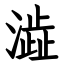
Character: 澁